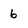
Character: 6